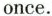
once.